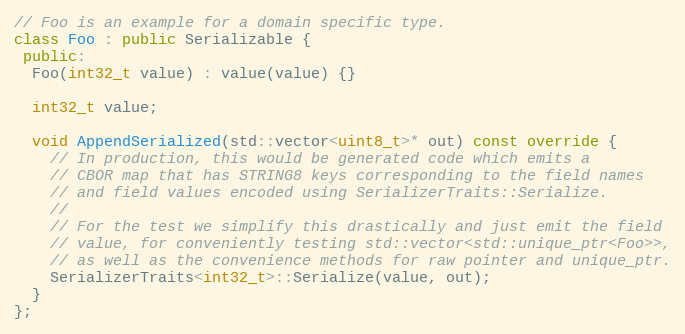
Language: C++
// Foo is an example for a domain specific type.
class Foo : public Serializable {
 public:
  Foo(int32_t value) : value(value) {}

  int32_t value;

  void AppendSerialized(std::vector<uint8_t>* out) const override {
    // In production, this would be generated code which emits a
    // CBOR map that has STRING8 keys corresponding to the field names
    // and field values encoded using SerializerTraits::Serialize.
    //
    // For the test we simplify this drastically and just emit the field
    // value, for conveniently testing std::vector<std::unique_ptr<Foo>>,
    // as well as the convenience methods for raw pointer and unique_ptr.
    SerializerTraits<int32_t>::Serialize(value, out);
  }
};